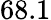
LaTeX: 68.1